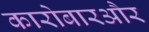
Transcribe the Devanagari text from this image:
कारोबारऔर